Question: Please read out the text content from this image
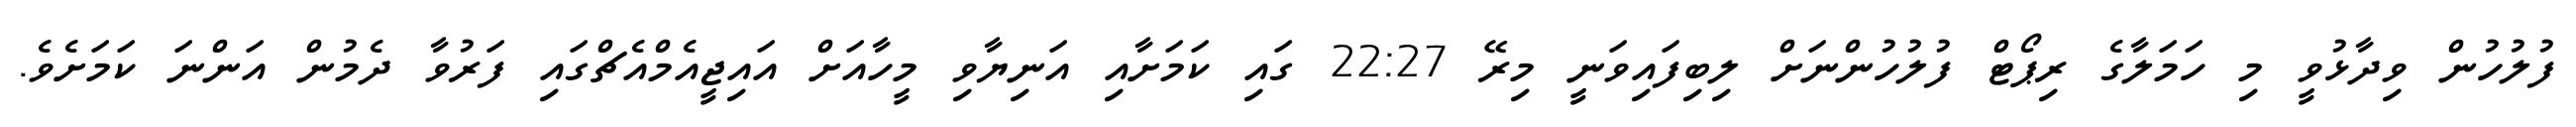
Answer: ފުލުހުން ވިދާޅުވީ މި ހަމަލާގެ ރިޕޯޓް ފުލުހުންނަށް ލިބިފައިވަނީ މިރޭ 22:27 ގައި ކަމަށާއި އަނިޔާވި މީހާއަށް އައިޖީއެމްއެޗްގައި ފަރުވާ ދެމުން އަންނަ ކަމަށެވެ.